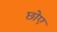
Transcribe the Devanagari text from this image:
छोए